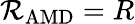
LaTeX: \mathcal{R}_{\mathrm{{AMD}}}=R